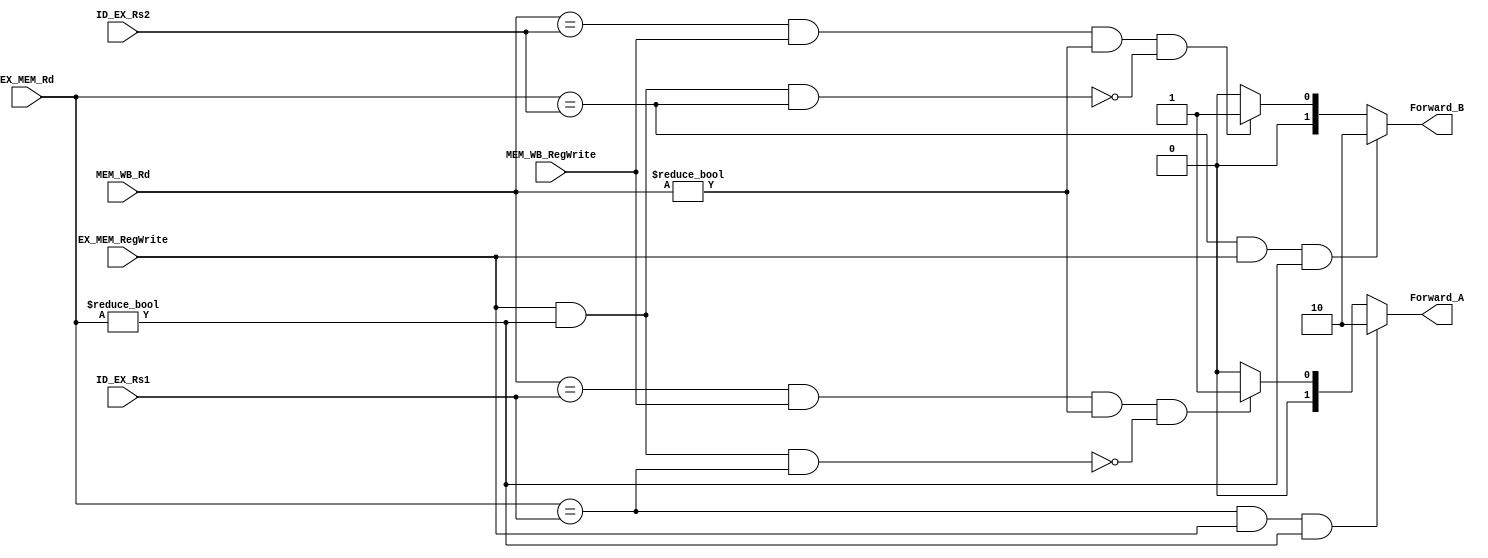
module Forwarding_Unit
(
	input [4:0] ID_EX_Rs1, ID_EX_Rs2,
	input [4:0] EX_MEM_Rd,
	input EX_MEM_RegWrite,
	input [4:0] MEM_WB_Rd,
	input MEM_WB_RegWrite,
	output reg [1:0] Forward_A, Forward_B
);

	always @ (*)
		begin
		
		//For Forward A
		if (EX_MEM_Rd == ID_EX_Rs1 & EX_MEM_RegWrite == 1 & EX_MEM_Rd != 0)
			begin
				Forward_A = 2'b10;
			end
		else if (MEM_WB_Rd == ID_EX_Rs1 & MEM_WB_RegWrite == 1 & MEM_WB_Rd != 0 
				&
				!(EX_MEM_RegWrite == 1 & EX_MEM_Rd != 0 & EX_MEM_Rd == ID_EX_Rs1)
				)
			begin
				Forward_A = 2'b01;
			end
		else
			begin
				Forward_A = 2'b00;
			end
		
		
		//For Forward B
		if (EX_MEM_Rd == ID_EX_Rs2 & EX_MEM_RegWrite == 1 & EX_MEM_Rd != 0)
			begin
				Forward_B = 2'b10;
			end
		else if (MEM_WB_Rd == ID_EX_Rs2 & MEM_WB_RegWrite == 1 & MEM_WB_Rd != 0 
				&
				!(EX_MEM_RegWrite == 1 & EX_MEM_Rd != 0 & EX_MEM_Rd == ID_EX_Rs2)
				)
			begin
				Forward_B = 2'b01;
			end
		else 
			begin
				Forward_B = 2'b00;
			end
		
		end

endmodule